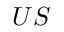
{ \boldsymbol { U } } { \boldsymbol { S } }